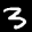
Label: 3